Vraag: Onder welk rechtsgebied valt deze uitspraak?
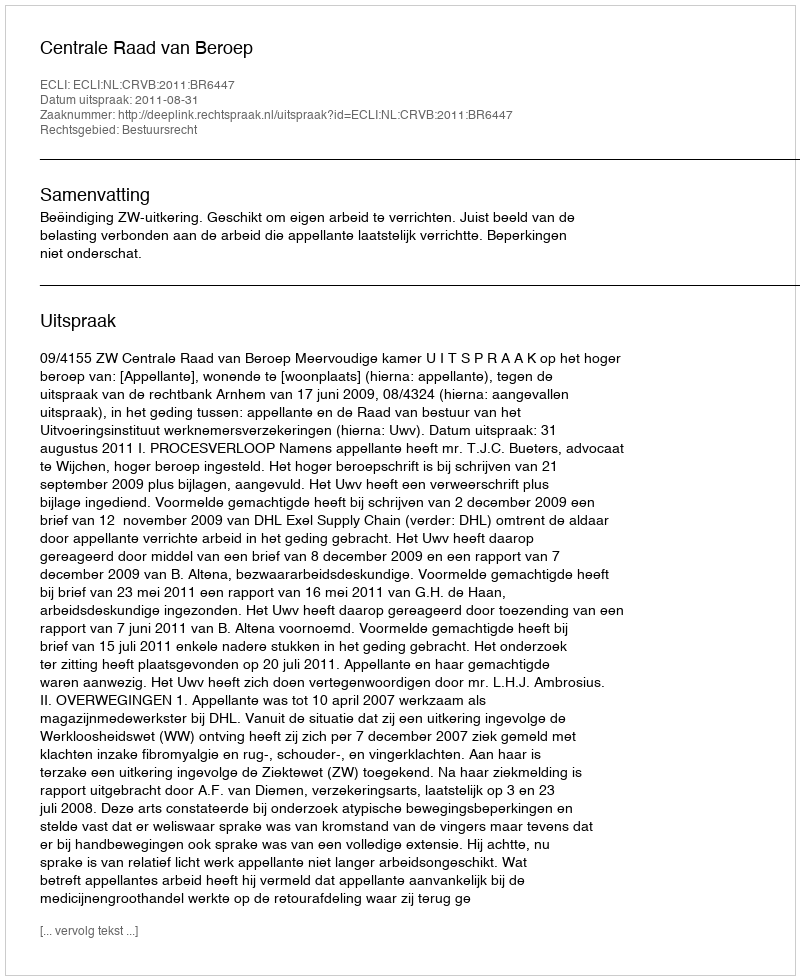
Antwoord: Bestuursrecht